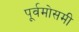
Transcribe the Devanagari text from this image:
पूर्वमोसमी